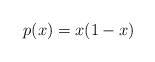
\begin{align*}p(x) = x(1-x)\end{align*}